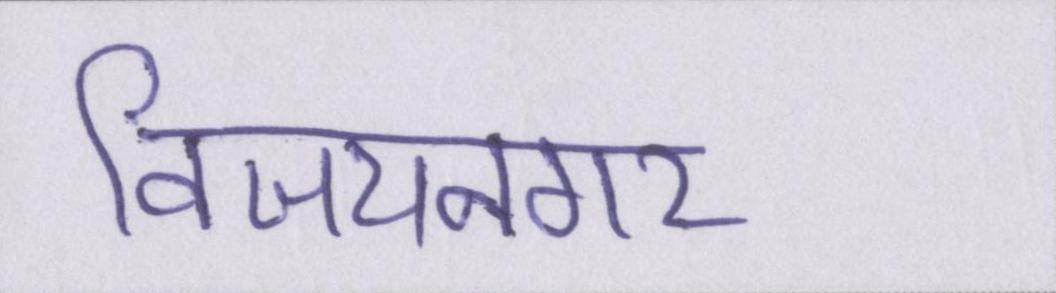
विजयनगर